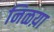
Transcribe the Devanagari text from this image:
निळय़ा